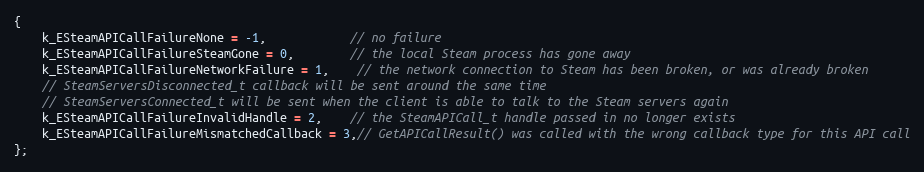
Language: C
{
	k_ESteamAPICallFailureNone = -1,			// no failure
	k_ESteamAPICallFailureSteamGone = 0,		// the local Steam process has gone away
	k_ESteamAPICallFailureNetworkFailure = 1,	// the network connection to Steam has been broken, or was already broken
	// SteamServersDisconnected_t callback will be sent around the same time
	// SteamServersConnected_t will be sent when the client is able to talk to the Steam servers again
	k_ESteamAPICallFailureInvalidHandle = 2,	// the SteamAPICall_t handle passed in no longer exists
	k_ESteamAPICallFailureMismatchedCallback = 3,// GetAPICallResult() was called with the wrong callback type for this API call
};